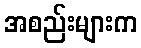
အစည်းများက